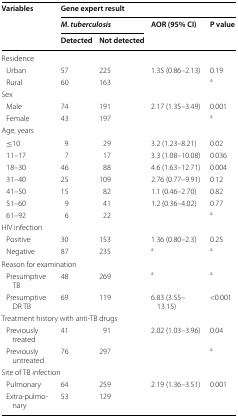
| <ROWSPAN=3> Variables | <COLSPAN=4> Gene expert result |
 | <COLSPAN=2> M. tuberculosis | <ROWSPAN=2> AOR (95% CI) | <ROWSPAN=2> P value |
 | Detected | Not detected |
 | --- | --- | --- | --- | --- |
 | <COLSPAN=5> Residence |
 | Urban | 57 | 225 | 1.35 (0.86–2.13) | 0.19 |
 | Rural | 60 | 163 |  | a |
 | <COLSPAN=5> Sex |
 | Male | 74 | 191 | 2.17 (1.35–3.49) | 0.001 |
 | Female | 43 | 197 |  | a |
 | <COLSPAN=5> Age, years |
 | ≤10 | 9 | 29 | 3.2 (1.23–8.21) | 0.02 |
 | 11–17 | 7 | 17 | 3.3 (1.08–10.08) | 0.036 |
 | 18–30 | 46 | 88 | 4.6 (1.63–12.71) | 0.004 |
 | 31–40 | 25 | 109 | 2.76 (0.77–9.91) | 0.12 |
 | 41–50 | 15 | 82 | 1.1 (0.46–2.70) | 0.82 |
 | 51–60 | 9 | 41 | 1.2 (0.36–4.02) | 0.77 |
 | 61–92 | 6 | 22 |  | a |
 | <COLSPAN=5> HIV infection |
 | Positive | 30 | 153 | 1.36 (0.80–2.3) | 0.25 |
 | Negative | 87 | 235 | a | a |
 | <COLSPAN=5> Reason for examination |
 | Presumptive TB | 48 | 269 | a | a |
 | Presumptive DR TB | 69 | 119 | 6.83 (3.55–13.15) | <0.001 |
 | <COLSPAN=5> Treatment history with anti-TB drugs |
 | Previously treated | 41 | 91 | 2.02 (1.03–3.96) | 0.04 |
 | Previously untreated | 76 | 297 |  | a |
 | <COLSPAN=5> Site of TB infection |
 | Pulmonary | 64 | 259 | 2.19 (1.36–3.51) | 0.001 |
 | Extra-pulmonary | 53 | 129 |  |  |